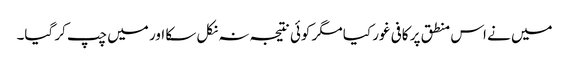
میں نے اس منطق پر کافی غور کیا مگر کوئی نتیجہ نہ نکل سکا اور میں چپ کر گیا۔